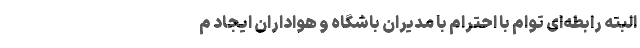
البته رابطه‌ای توام با احترام با مدیران باشگاه و هواداران ایجاد م